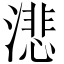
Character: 𬈺